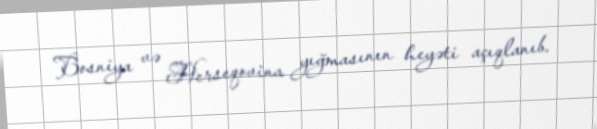
Bosniya və Herseqovina yığmasının heyəti açıqlanıb.